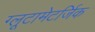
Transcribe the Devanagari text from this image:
ग्लूटामेटर्जिक